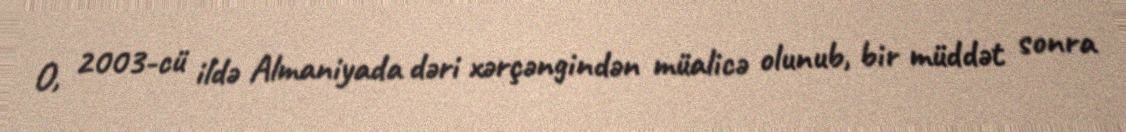
O, 2003-cü ildə Almaniyada dəri xərçəngindən müalicə olunub, bir müddət sonra